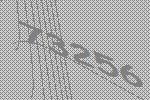
73256